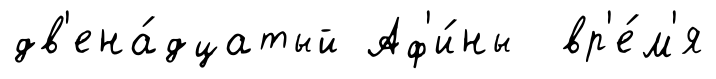
дв'ена́дцатый Аф'и́ны вр'е́м'я